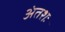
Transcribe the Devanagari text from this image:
अंतशः